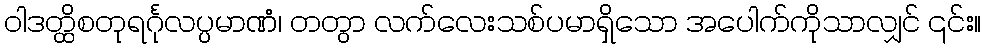
ဝါဒတ္ထိစတုရင်္ဂုလပ္ပမာဏံ၊ တတွာ လက်လေးသစ်ပမာရှိသော အပေါက်ကိုသာလျှင် ၎င်း။